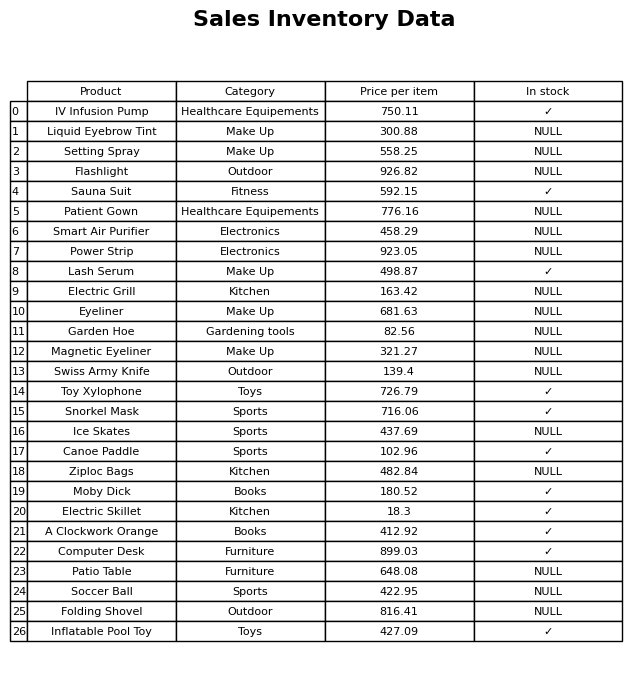
question: What is the stock status of the Magnetic Eyeliner?
answer: NULL